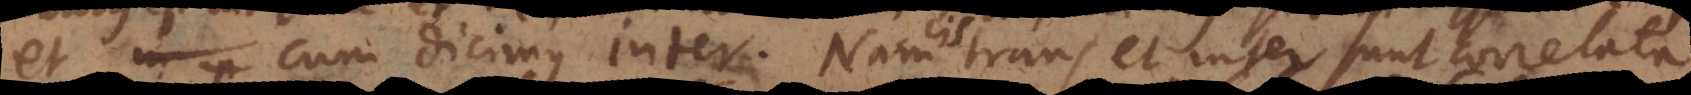
et cum dicimus inter. Nam, trans et inter sunt correlata